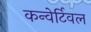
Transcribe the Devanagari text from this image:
कन्वेर्टिवल